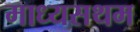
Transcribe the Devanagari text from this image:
माध्यसथम